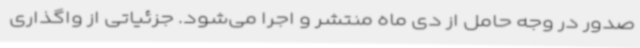
صدور در وجه حامل از دی ماه منتشر و اجرا می‌شود. جزئیاتی از واگذاری